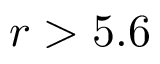
r > 5 . 6